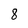
Character: 8